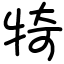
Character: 犄